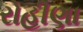
રોહીણા